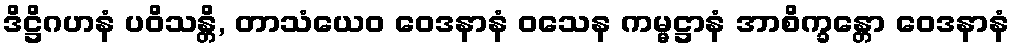
ဒိဋ္ဌိဂဟနံ ပဝိသန္တိ, တာသံယေဝ ဝေဒနာနံ ဝသေန ကမ္မဋ္ဌာနံ အာစိက္ခန္တော ဝေဒနာနံ